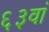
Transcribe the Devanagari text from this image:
६३वां